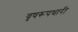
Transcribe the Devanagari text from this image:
वृषरूपधारी